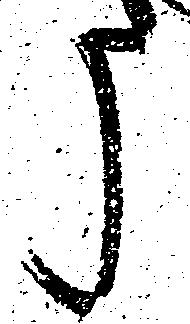
う